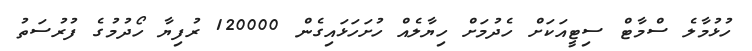
ހުޅުމާލެ ސްމާޓް ސިޓީއަކަށް ހެދުމަށް ހިޔާލެއް ހުށަހަޅައިގެން 120000 ރުފިޔާ ހޯދުމުގެ ފުރުސަތު